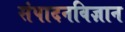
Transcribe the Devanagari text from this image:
संपादनविज्ञान